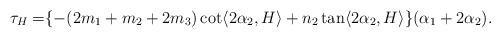
LaTeX: \begin{align*}\tau_{H}=&\{-(2m_{1}+m_{2}+2m_{3})\cot\langle 2\alpha_{2}, H \rangle+n_{2}\tan\langle 2\alpha_{2}, H \rangle\}(\alpha_{1}+2\alpha_{2}).\end{align*}